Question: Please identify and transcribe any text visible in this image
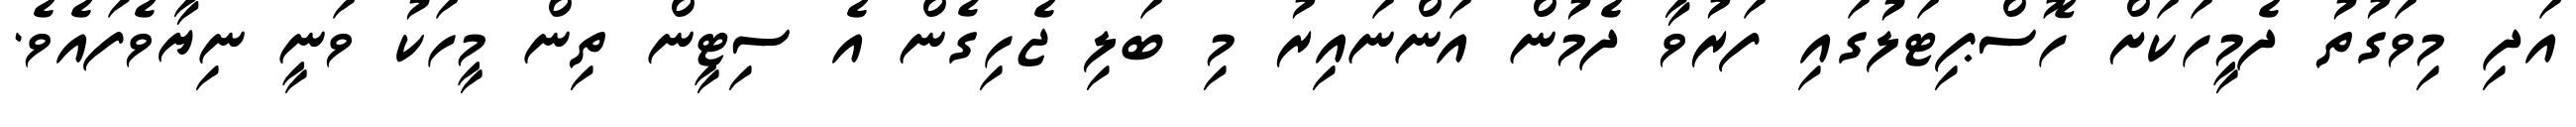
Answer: އަދި މިވަގުތު ދެމީހަކަށް ހޮސްޕިޓަލުގައި ފަރުވާ ދެމުން އަންނައިރު މި ބަލި ޖެހިގެން އެ ސިޓީން ތިން މީހަކު ވަނީ ނިޔާވެފައެވެ.